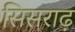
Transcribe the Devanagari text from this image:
सिसराढ़